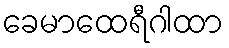
ခေမာထေရီဂါထာ